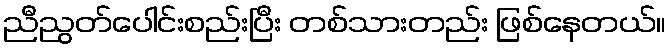
ညီညွတ်ပေါင်းစည်းပြီး တစ်သားတည်း ဖြစ်နေတယ်။